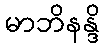
မာဘိနန္ဒိ